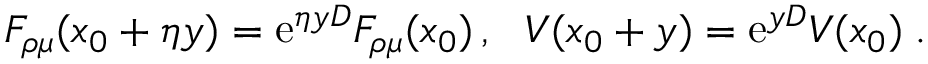
F _ { \rho \mu } ( x _ { 0 } + \eta y ) = \mathrm { e } ^ { \eta y D } F _ { \rho \mu } ( x _ { 0 } ) \, , \, \, \, \, V ( x _ { 0 } + y ) = \mathrm { e } ^ { y D } V ( x _ { 0 } ) \; .